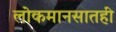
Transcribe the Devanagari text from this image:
लोकमानसातही